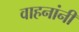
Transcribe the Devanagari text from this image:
वाहनांनी